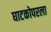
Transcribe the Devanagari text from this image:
घाटकोपरला